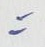
=